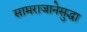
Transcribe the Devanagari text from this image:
सामराजानेसुद्धा